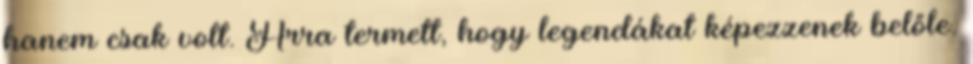
hanem csak volt. Arra termett, hogy legendákat képezzenek belőle.